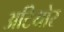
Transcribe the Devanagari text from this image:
अटियोर